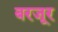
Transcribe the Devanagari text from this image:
बरजूर